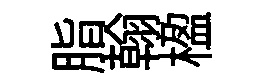
脂翰楹